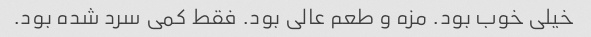
خیلی خوب بود. مزه و طعم عالی بود. فقط کمی سرد شده بود.